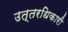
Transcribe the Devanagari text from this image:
उत्तरधिकारी